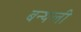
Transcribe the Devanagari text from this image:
बन्थली